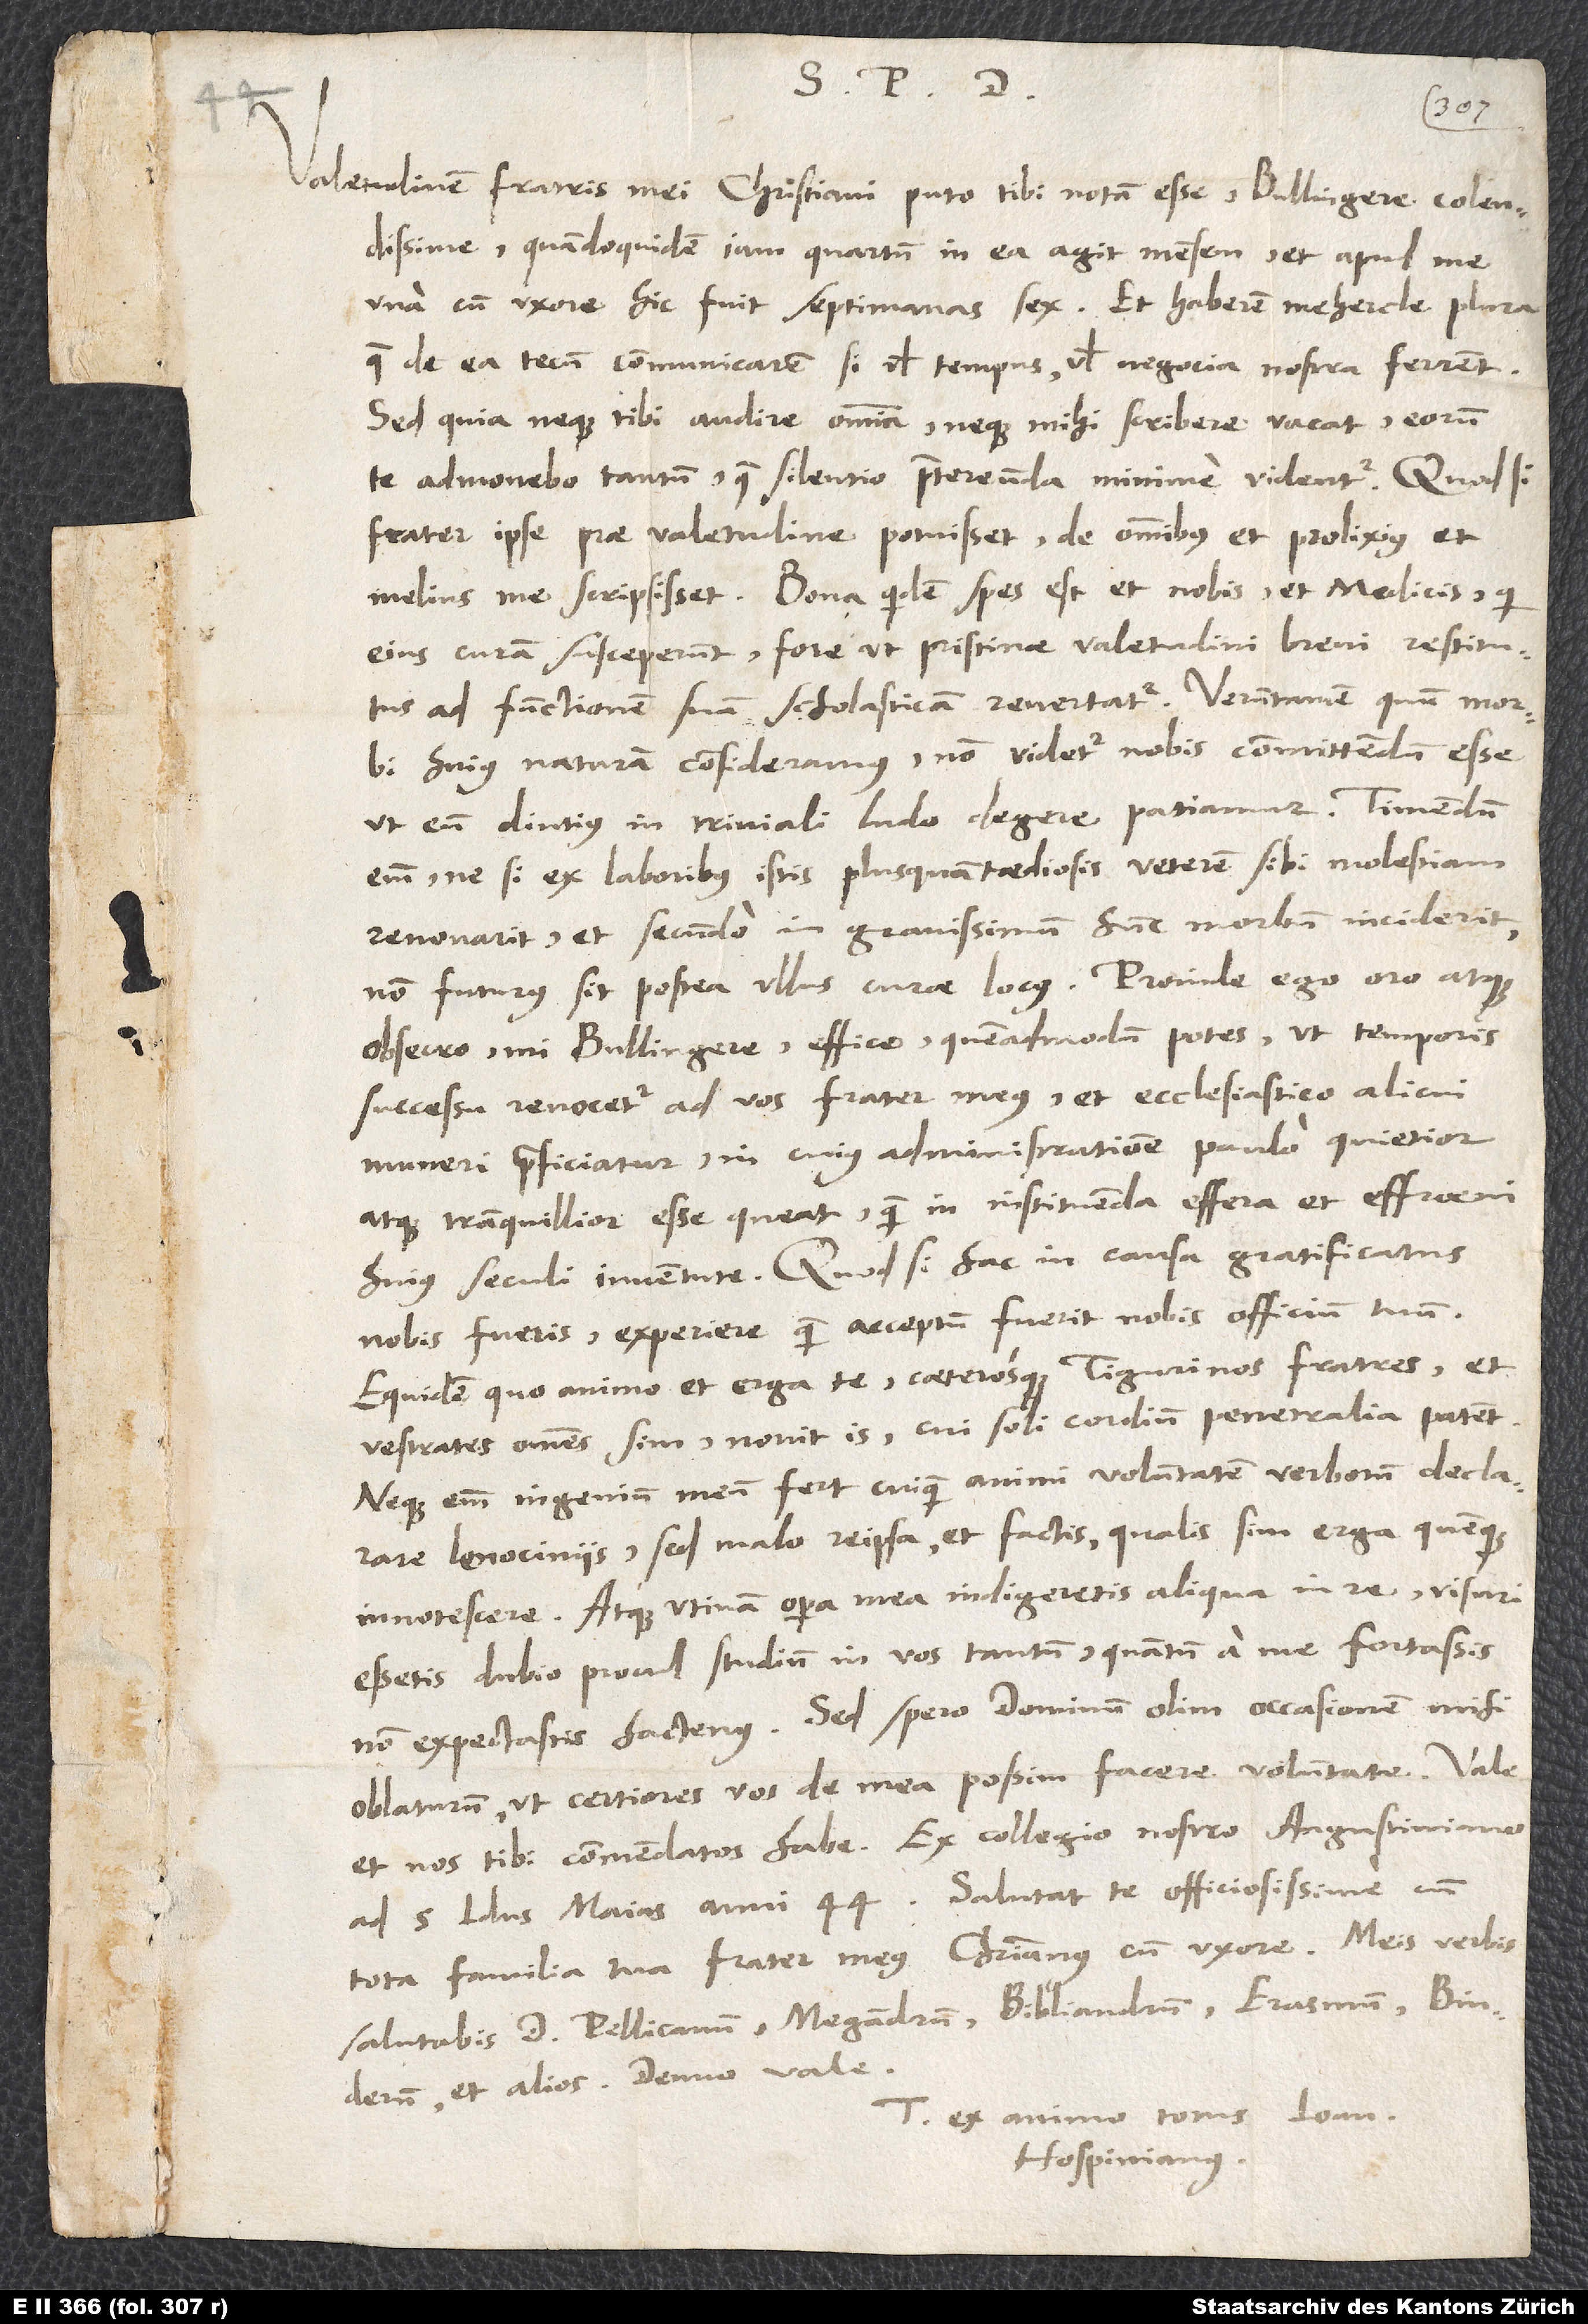
Valetudinem fratris mei Christiani puto tibi notam esse, Bullingere colendissime,
quandoquidem iam quartum in ea agit mensem et apud me
una cum uxore hic fuit septimanas sex. Et haberem mehercle plura,
quae de ea tecum communicarem, si vel tempus vel negocia nostra ferrent,
sed quia neque tibi audire omnia neque mihi scribere vacat, eorum
te admonebo tantum, quae silentio praetereunda minime videntur. Quodsi
frater ipse prae valetudine potuisset, de omnibus et prolixius et
melius me scripsisset. Bona quidem spes est et nobis et medicis, qui
eius curam susceperunt, fore ut pristinae valetudini brevi restitutus
ad functionem suam scholasticam revertatur. Verumtamen quum morbi
huius naturam consideramus, non videtur nobis committendum esse,
ut eum diutius in triviali ludo degere patiamur. Timendum
enim, ne, si ex laboribus istis plusquam taediosis veterem sibi molestiam
revocarit et secundo in gravissimum hunc morbum inciderit,
non futurus sit postea ullus curae locus. Proinde ego oro atque
obsecro, mi Bullingere, effice, quemadmodum potes, ut temporis
successu revocetur ad vos frater meus et ecclesiastico alicui
muneri praeficiatur, in cuius administratione paulo quietior
atque tranquillior esse queat quam in instituenda effera et effroeni
huius seculi iuventute. Quod si hac in causa gratificatus
nobis fueris, experiere, quam acceptum fuerit nobis officium tuum.
Equidem quo animo et erga te caeterosque Tigurinos fratres et
vestrates omnes sim, novit is, cui soli cordium penetralia patent.
Neque enim ingenium meum fert cuiquam animi voluntatem verborum declarare
lenociniis, sed malo re ipsa et factis, qualis sim erga quemque,
innotescere. Atque utinam opera mea indigeretis aliqua in re! Visuri
essetis dubio procul studium in vos tantum, quantum a me fortassis
non expectastis hactenus. Sed spero dominum olim occasionem mihi
oblaturum, ut certiores vos de mea possim facere voluntate. Vale
et nos tibi commendatos habe. Ex collegio nostro Augustiniano
ad 5. idus maias anni 44. Salutat te officiosissime cum
tota familia tua frater meus Christianus cum uxore. Meis verbis
salutabis d. Pellicanum, Megandrum, Bibliandrum, Erasmum, Binderum
et alios. Denuo vale.
Tuus ex animo totus
Hospinianus.